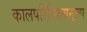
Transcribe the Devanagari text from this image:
कालपरिस्थित्यनुरूप